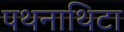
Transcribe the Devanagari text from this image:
पथनाथिटा